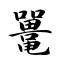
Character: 鼍